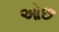
ઓછ